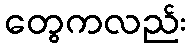
တွေကလည်း